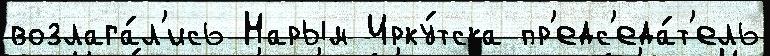
возлага́л'ись Нарым Ирку́тска пр'едс'еда́т'ель